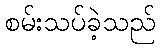
စမ်းသပ်ခဲ့သည်